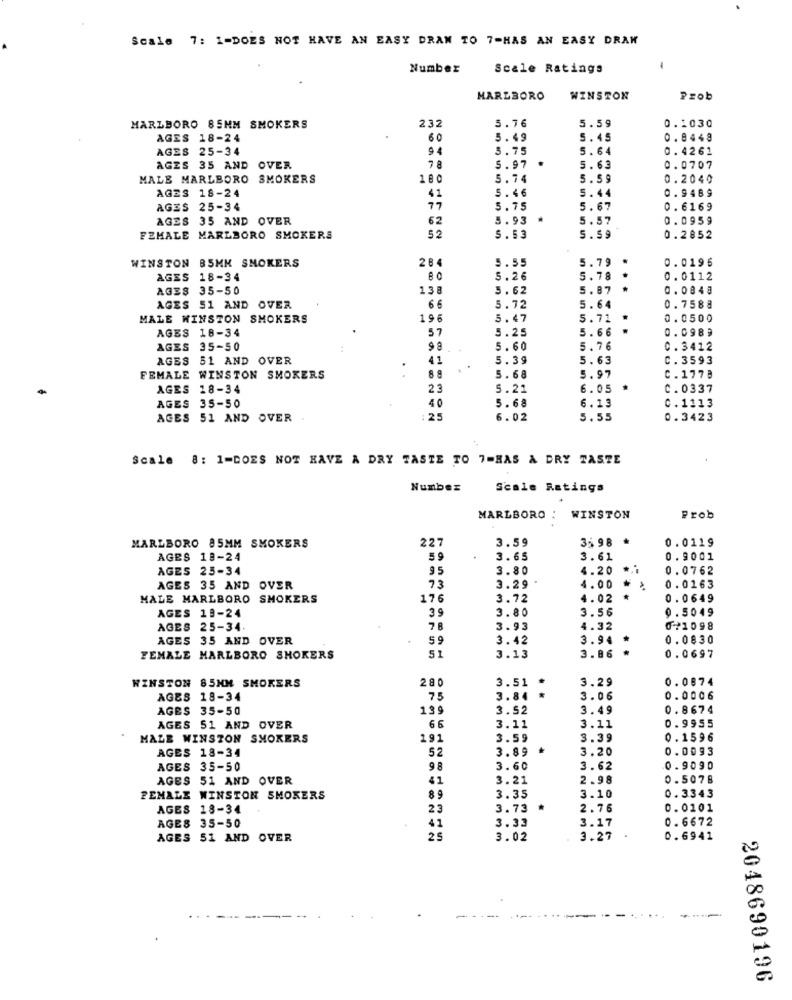
Scale 7: 1-DOES NOT HAVE AN EASY DRAN TO 7-HAS AN EASY DRAW
Number
Scale Ratings
MARLBORO
WINSTON
Prob
MARLBORO 85MM SMOKERS
232
5.76
5.59
0.1030
AGES 18-24
60
5.49
5.45
0. 9448
AGES 25-34
94
5.75
5.64
0.4261
AGES 35 AND OVER
7 8
5.97
.
5.63
0.0707
MALE MARLBORO SMOKERS
180
5.74
5.59
0.2040
AGES 18-24
5.46
0.9489
41
5.44
AGES 25-34
77
5.75
5.67
0.6169
AGES 35 AND OVER
62
5.93
.
5.57
0.0959
FEMALE MARLBORO SMOKERS
52
5.53
5.59
0.2852
WINSTON B5MM SMOKERS
284
5.55
5.79
..
0.0196
AGES 18-34
5.26
5.78
0.0112
AGES 35-50
138
5.62
5.87
..
0.0848
AGES 51 AND OVER
66
5.72
5.64
0.7588
MALE WINSTON SMOKERS
196
5.47
5.71
0.0500
AGES 18-34
57
5.25
.
..
0.0989
5.66
AGES 35-50
5.60
5.76
C.3412
AGES 51 AND OVER
41
5.39
5.63
C.3593
FEMALE WINSTON SMOKERS
5.68
5.97
C.1778
AGES 18-34
23
5.21
6.05
C.0337
AGES 35-50
40
6.13
5.68
C.1113
AGES 51 AND OVER
: 25
6.02
5.55
0.3423
Scale 8: 1=DOES NOT HAVE A DRY TASTE TO 7=HAS & DRY TASTE
Nunbez
Scale Ratings
MARLBORO :
WINSTON
Prob
3.59
35 98
0.0119
MARLBORO 85MM SMOKERS
227
AGES 18-24
59
3.65
3.61
0.9001
AGES 25-34
95
3.80
4.20
0.0762
AGES 35 AND OVER
73
3.29
4.00 #
0.0163
MALE MARLBORO SMOKERS
176
3.72
4.02
0.0649
AGES 19-24
39
3.80
3.56
0.5049
AGES 25-34.
7 8
3.93
4.32
071098
AGES 35 AND OVER
59
3.42
3.94 *
0.0830
51
FEMALE MARLBORO SHOKERS
3.13
3.86
0.0697
WINSTON 85HM SMOKERS
2 8
3.51
3.29
0.0874
AGES 18-34
75
3.84
3.06
0.0006
AGES 35-50
139
3.52
3.49
0.8674
3.11
AGES 51 AND OVER
3.11
0.9955
MALE WINSTON SMOKERS
191
3.59
3.39
0.1596
AGES 18-34
52
3.89
3.20
0.0093
AGES 35-50
98
3.60
3.62
0.9090
AGES 51 AND OVER
41
3.21
2.98
0.5078
FEMALE WINSTON SMOKERS
89
3.35
3.10
0.3343
AGES 18-34
23
3.73
2.76
0.0101
AGES 35-50
41
3.33
3.17
0.6672
AGES 51 AND OVER
25
3.02
3.27
0.6941
2048690196